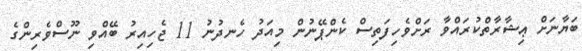
ބަޔާނަށް ޢިޝާރާތްކުރައްވާ ރަށްވެހިފަތިސް ކެންޕޭނުން މިއަދު ހެނދުނު 11 ޖެހިއިރު ބޭއްވި ނޫސްވެރިންގެ